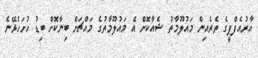
އާރުއެފްޕީގެ ތެރެއިން މައުލޫމާތު ޝެއާކޮށް އެ މައުލޫމާތުގެ މައްޗަށް ބިނާކޮށް ބިޑު ހުށަހެޅޭނެ